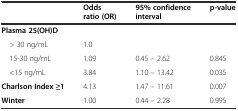
<table><thead><tr><td></td><td><b>Odds ratio (OR)</b></td><td><b>95% confidence interval</b></td><td><b>p-value</b></td></tr></thead><tbody><tr><td><b>Plasma 25(OH)D</b></td><td></td><td></td><td></td></tr><tr><td> &gt; 30 ng/mL</td><td>1.0</td><td></td><td></td></tr><tr><td> 15-30 ng/mL</td><td>1.09</td><td>0.45 – 2.62</td><td>0.845</td></tr><tr><td> &lt;15 ng/mL</td><td>3.84</td><td>1.10 – 13.42</td><td>0.035</td></tr><tr><td><b>Charlson Index ≥1</b></td><td>4.13</td><td>1.47 – 11.61</td><td>0.007</td></tr><tr><td><b>Winter</b></td><td>1.00</td><td>0.44 – 2.28</td><td>0.995</td></tr></tbody></table>